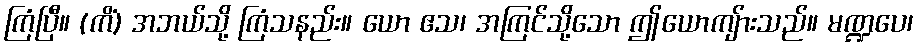
ကြံပြီ။ (ကိံ) အဘယ်သို့ ကြံသနည်း။ ယော ဧသ၊ အကြင်သို့သော ဤယောကျ်ားသည်။ မဏ္ဍပေ၊